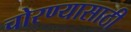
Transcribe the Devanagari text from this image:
चोरण्यासाठी